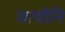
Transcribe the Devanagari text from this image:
जावोनि